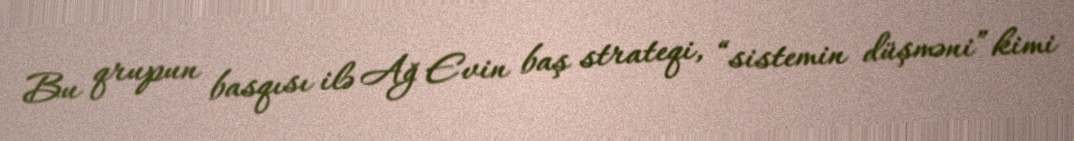
Bu qrupun basqısı ilə Ağ Evin baş strateqi, “sistemin düşməni” kimi